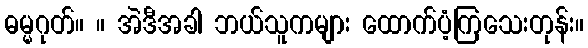
ဓမ္မဂုတ်။ ။ အဲဒီအခါ ဘယ်သူကများ ထောက်ပံ့ကြသေးတုန်း။